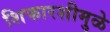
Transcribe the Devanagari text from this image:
शिफारशीमुळे